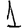
Digit: 1